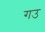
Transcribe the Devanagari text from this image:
गउ